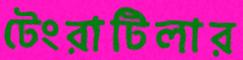
টেংরাটিলার